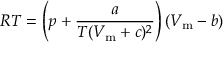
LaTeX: R T = \left( p + { \frac { a } { T ( V _ { \mathrm { m } } + c ) ^ { 2 } } } \right) \left( V _ { \mathrm { m } } - b \right)